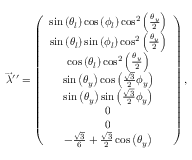
\begin{array} { r } { \overrightarrow { \lambda } ^ { \prime \prime } = \left( \begin{array} { c } { \sin \left( \theta _ { l } \right) \cos \left( \phi _ { l } \right) \cos ^ { 2 } \left( \frac { \theta _ { y } } { 2 } \right) } \\ { \sin \left( \theta _ { l } \right) \sin \left( \phi _ { l } \right) \cos ^ { 2 } \left( \frac { \theta _ { y } } { 2 } \right) } \\ { \cos \left( \theta _ { l } \right) \cos ^ { 2 } \left( \frac { \theta _ { y } } { 2 } \right) } \\ { \sin \left( \theta _ { y } \right) \cos \left( \frac { \sqrt { 3 } } { 2 } \phi _ { y } \right) } \\ { \sin \left( \theta _ { y } \right) \sin \left( \frac { \sqrt { 3 } } { 2 } \phi _ { y } \right) } \\ { 0 } \\ { 0 } \\ { - \frac { \sqrt { 3 } } { 6 } + \frac { \sqrt { 3 } } { 2 } \cos \left( \theta _ { y } \right) } \end{array} \right) , } \end{array}